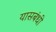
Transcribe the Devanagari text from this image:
यासबंधी